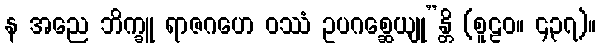
န အညေ ဘိက္ခူ ရာဇဂဟေ ဝဿံ ဥပဂစ္ဆေယျု”န္တိ (စူဠဝ။ ၄၃၇)။